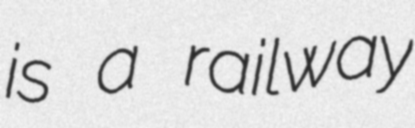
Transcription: is a railway